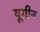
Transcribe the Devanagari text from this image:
यूगीन